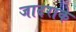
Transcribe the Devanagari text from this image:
जादराके